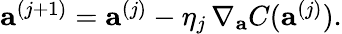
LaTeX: \begin{array}{r}{\textbf{a}^{(j+1)}=\textbf{a}^{(j)}-\eta_{j}\, \nabla_{\textbf{a}}C(\textbf{a}^{(j)}).}\end{array}